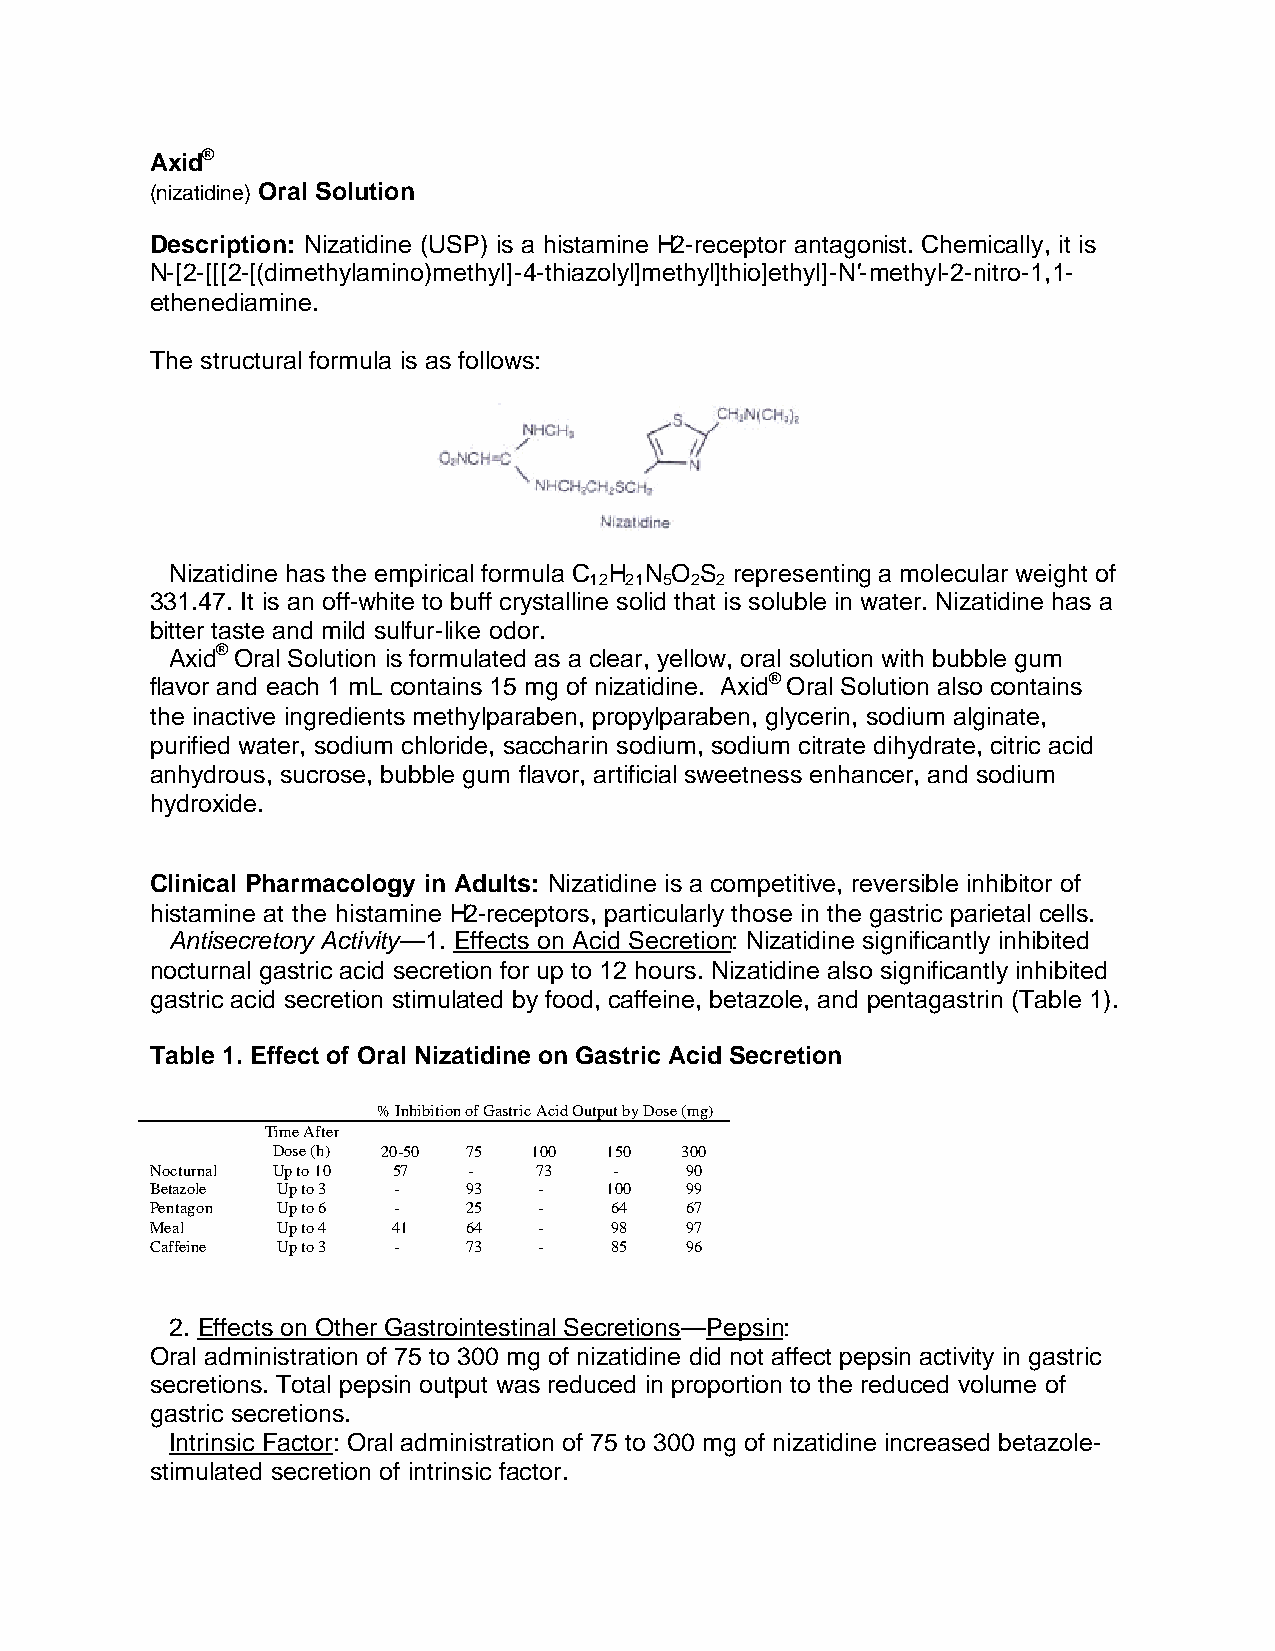
Axid®
 (nizatidine) Oral Solution
 Description: Nizatidine (USP) is a histamine H2-receptor antagonist. Chemically, it is
 N-[2-[[[2-[(dimethylamino)methyl]-4-thiazolyl]methyl]thio]ethyl]-N'-methyl-2-nitro-1,1-
 ethenediamine.
 The structural formula is as follows:
 Nizatidine has the empirical formula C H N O S representing a molecular weight of
 12 21 5 2 2
 331.47. It is an off-white to buff crystalline solid that is soluble in water. Nizatidine has a
 bitter taste and mild sulfur-like odor.
 Axid® Oral Solution is formulated as a clear, yellow, oral solution with bubble gum
 flavor and each 1 mL contains 15 mg of nizatidine. Axid® Oral Solution also contains
 the inactive ingredients methylparaben, propylparaben, glycerin, sodium alginate,
 purified water, sodium chloride, saccharin sodium, sodium citrate dihydrate, citric acid
 anhydrous, sucrose, bubble gum flavor, artificial sweetness enhancer, and sodium
 hydroxide.
 Clinical Pharmacology in Adults: Nizatidine is a competitive, reversible inhibitor of
 histamine at the histamine H2-receptors, particularly those in the gastric parietal cells.
 Antisecretory Activity—1. Effects on Acid Secretion: Nizatidine significantly inhibited
 nocturnal gastric acid secretion for up to 12 hours. Nizatidine also significantly inhibited
 gastric acid secretion stimulated by food, caffeine, betazole, and pentagastrin (Table 1).
 Table 1. Effect of Oral Nizatidine on Gastric Acid Secretion
 % Inhibition of Gastric Acid Output by Dose (mg)
 Time After
 Dose (h) 20-50 75 100 150  300
 Nocturnal Up to 10 57 -   73   -   90
 Betazole Up to 3 -   93   -   100  99
 Pentagon Up to 6 -   25   -   64   67
 Meal    Up to 4 41   64   -   98   97
 Caffeine Up to 3 -   73   -   85   96
 2. Effects on Other Gastrointestinal Secretions—Pepsin:
 Oral administration of 75 to 300 mg of nizatidine did not affect pepsin activity in gastric
 secretions. Total pepsin output was reduced in proportion to the reduced volume of
 gastric secretions.
 Intrinsic Factor: Oral administration of 75 to 300 mg of nizatidine increased betazole-
 stimulated secretion of intrinsic factor.